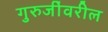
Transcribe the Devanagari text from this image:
गुरुजींवरील